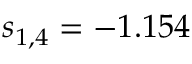
s _ { 1 , 4 } = - 1 . 1 5 4